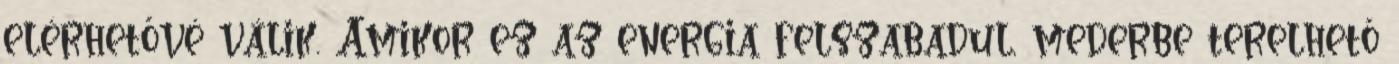
elérhetővé válik. .Amikor ez az energia felszabadul, mederbe terelhető